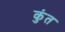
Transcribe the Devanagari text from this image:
कुंत